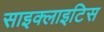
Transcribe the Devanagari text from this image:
साइक्लाइटिस